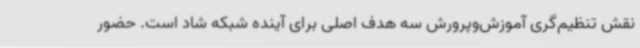
نقش تنظیم‌گری آموزش‌وپرورش سه هدف اصلی برای آینده شبکه شاد است. حضور